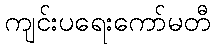
ကျင်းပရေးကော်မတီ